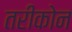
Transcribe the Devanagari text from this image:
तरीकोन